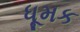
ધૂમક